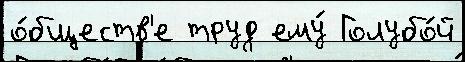
о́бществ'е труд ему́ Голубо́й